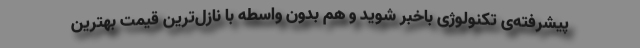
پیشرفته‌ی تکنولوژی باخبر شوید و هم بدون واسطه با نازل‌ترین قیمت بهترین